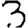
Digit: 3